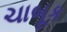
ચાબૂક